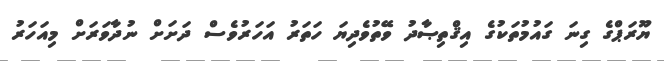
ޔޫރަޕްގެ ގިނަ ގައުމުތަކުގެ އިޤްތިޞާދު ވޭތުވެދިޔަ ހަތަރު އަހަރުވެސް ދަށަށް ނުދާވަރަށް މިއަހަރު